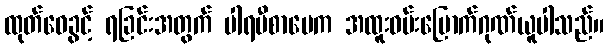
ထုတ်ဝေခွင့် ရခြင်းအတွက် ပါရမီစာပေက အထူးဝမ်းမြောက်ဂုဏ်ယူပါသည်။